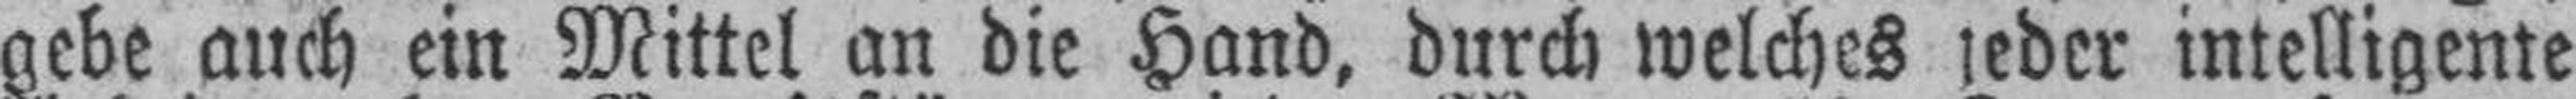
gebe auch ein Mittel an die Hand, durch welches jeder intelligente